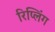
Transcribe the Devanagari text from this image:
रिप्लिंग